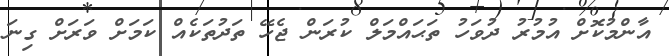
އާންމުކޮށް އުމުރު ދުވަހު ތަޙައްމަލް ކުރަން ޖެހޭ ތަދުތަކެއް ކަމަށް ވަރަށް ގިނަ